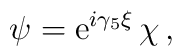
\psi={\rm e}^{i\gamma_5\xi}\,\chi\,,